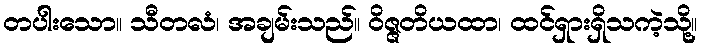
တပါးသော။ သီတလံ၊ အချမ်းသည်။ ဝိဇ္ဇတိယထာ၊ ထင်ရှားရှိသကဲ့သို့။